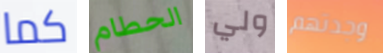
كما الحطام ولي وجدتهم